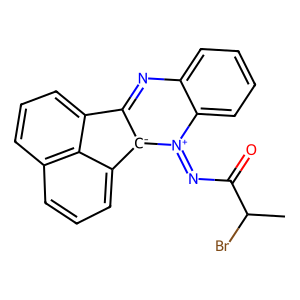
SMILES: CC(Br)C(=O)N=[n+]1c2ccccc2nc2c3cccc4cccc(c43)[c-]21
Inhibits HIV replication: No